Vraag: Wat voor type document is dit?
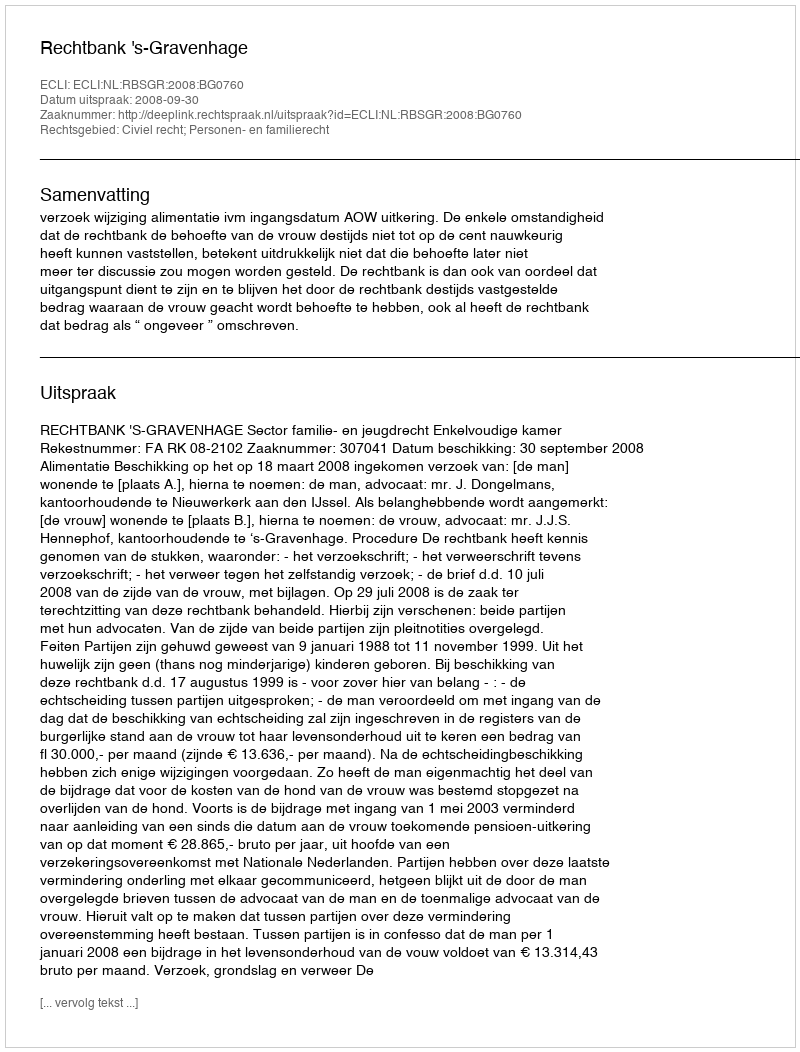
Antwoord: Uitspraak